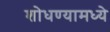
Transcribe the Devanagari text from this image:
शोधण्यामध्ये